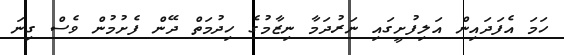
ހަމަ އެފަދައިން އަލިފުށީގައި ނަރުދަމާ ނިޒާމުގެ ހިދުމަތް ދޭން ފެށުމުން ވެސް ގިނަ